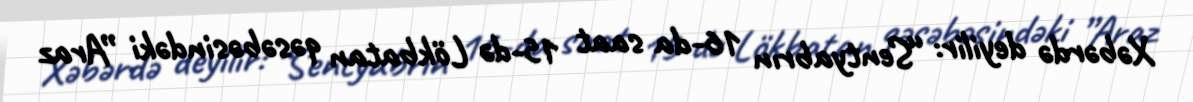
Xəbərdə deyilir: “Sentyabrın 16-da saat 15-də Lökbatan qəsəbəsindəki ”Araz